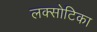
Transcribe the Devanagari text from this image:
लक्सोटिका